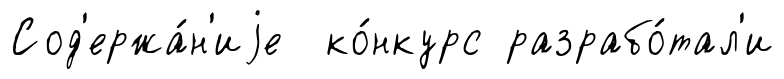
Сод'ержа́н'иjе ко́нкурс разрабо́тал'и